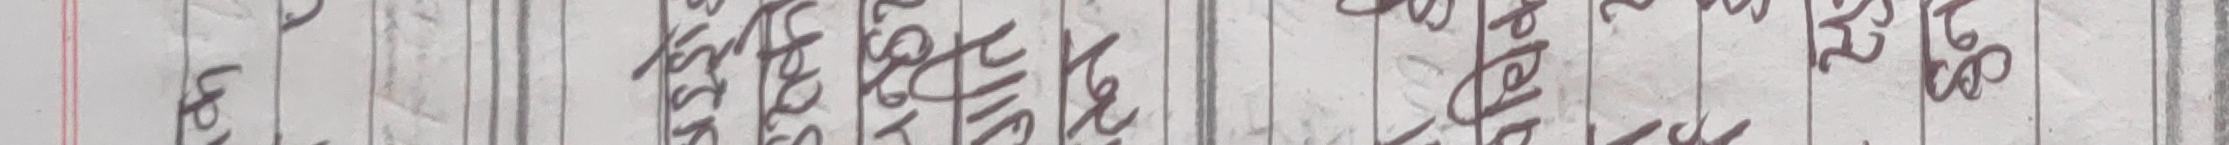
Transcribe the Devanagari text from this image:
७ प्रलेन्द्र सिष्टरनाथ चोनावहान नुपमादय बैरनादय